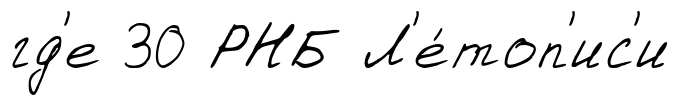
гд'е 30 РНБ Л'е́топ'ис'и